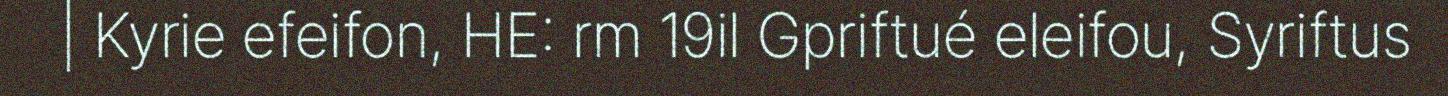
| Kyrie efeifon, HE: rm 19il Gpriftué eleifou, Syriftus